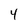
Character: 4